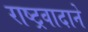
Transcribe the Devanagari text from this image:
राष्ट्रवादाने